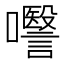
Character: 𭌱